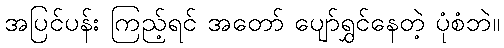
အပြင်ပန်း ကြည့်ရင် အတော် ပျော်ရွှင်နေတဲ့ ပုံစံဘဲ။